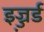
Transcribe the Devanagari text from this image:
इज्ज़र्ड